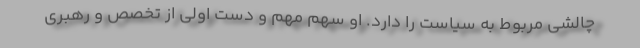
چالشی مربوط به سیاست را دارد. او سهم مهم و دست اولی از تخصص و رهبری